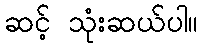
ဆင့် သုံးဆယ်ပါ။